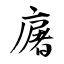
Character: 廜